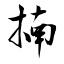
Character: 揇